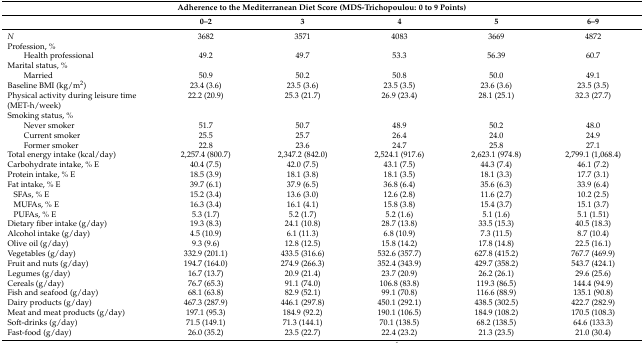
<table><thead><tr><td colspan="6"><b>Adherence to the Mediterranean Diet Score (MDS-Trichopoulou: 0 to 9 Points)</b></td></tr><tr><td></td><td><b>0–2</b></td><td><b>3</b></td><td><b>4</b></td><td><b>5</b></td><td><b>6–9</b></td></tr></thead><tbody><tr><td><i>N</i></td><td>3682</td><td>3571</td><td>4083</td><td>3669</td><td>4872</td></tr><tr><td>Profession, %</td><td></td><td></td><td></td><td></td><td></td></tr><tr><td>Health professional</td><td>49.2</td><td>49.7</td><td>53.3</td><td>56.39</td><td>60.7</td></tr><tr><td>Marital status, %</td><td></td><td></td><td></td><td></td><td></td></tr><tr><td>Married</td><td>50.9</td><td>50.2</td><td>50.8</td><td>50.0</td><td>49.1</td></tr><tr><td>Baseline BMI (kg/m<sup>2</sup>)</td><td>23.4 (3.6)</td><td>23.5 (3.6)</td><td>23.5 (3.5)</td><td>23.6 (3.6)</td><td>23.5 (3.5)</td></tr><tr><td>Physical activity during leisure time (MET-h/week)</td><td>22.2 (20.9)</td><td>25.3 (21.7)</td><td>26.9 (23.4)</td><td>28.1 (25.1)</td><td>32.3 (27.7)</td></tr><tr><td>Smoking status, %</td><td></td><td></td><td></td><td></td><td></td></tr><tr><td>Never smoker</td><td>51.7</td><td>50.7</td><td>48.9</td><td>50.2</td><td>48.0</td></tr><tr><td>Current smoker</td><td>25.5</td><td>25.7</td><td>26.4</td><td>24.0</td><td>24.9</td></tr><tr><td>Former smoker</td><td>22.8</td><td>23.6</td><td>24.7</td><td>25.8</td><td>27.1</td></tr><tr><td>Total energy intake (kcal/day)</td><td>2,257.4 (800.7)</td><td>2,347.2 (842.0)</td><td>2,524.1 (917.6)</td><td>2,623.1 (974.8)</td><td>2,799.1 (1,068.4)</td></tr><tr><td>Carbohydrate intake, % E</td><td>40.4 (7.5)</td><td>42.0 (7.5)</td><td>43.1 (7.5)</td><td>44.3 (7.4)</td><td>46.1 (7.2)</td></tr><tr><td>Protein intake, % E</td><td>18.5 (3.9)</td><td>18.1 (3.8)</td><td>18.1 (3.5)</td><td>18.1 (3.3)</td><td>17.7 (3.1)</td></tr><tr><td>Fat intake, % E</td><td>39.7 (6.1)</td><td>37.9 (6.5)</td><td>36.8 (6.4)</td><td>35.6 (6.3)</td><td>33.9 (6.4)</td></tr><tr><td> SFAs, % E</td><td>15.2 (3.4)</td><td>13.6 (3.0)</td><td>12.6 (2.8)</td><td>11.6 (2.7)</td><td>10.2 (2.5)</td></tr><tr><td> MUFAs, % E</td><td>16.3 (3.4)</td><td>16.1 (4.1)</td><td>15.8 (3.8)</td><td>15.4 (3.7)</td><td>15.1 (3.7)</td></tr><tr><td> PUFAs, % E</td><td>5.3 (1.7)</td><td>5.2 (1.7)</td><td>5.2 (1.6)</td><td>5.1 (1.6)</td><td>5.1 (1.51)</td></tr><tr><td>Dietary fiber intake (g/day)</td><td>19.3 (8.3)</td><td>24.1 (10.8)</td><td>28.7 (13.8)</td><td>33.5 (15.3)</td><td>40.5 (18.3)</td></tr><tr><td>Alcohol intake (g/day)</td><td>4.5 (10.9)</td><td>6.1 (11.3)</td><td>6.8 (10.9)</td><td>7.3 (11.5)</td><td>8.7 (10.4)</td></tr><tr><td>Olive oil (g/day)</td><td>9.3 (9.6)</td><td>12.8 (12.5)</td><td>15.8 (14.2)</td><td>17.8 (14.8)</td><td>22.5 (16.1)</td></tr><tr><td>Vegetables (g/day)</td><td>332.9 (201.1)</td><td>433.5 (316.6)</td><td>532.6 (357.7)</td><td>627.8 (415.2)</td><td>767.7 (469.9)</td></tr><tr><td>Fruit and nuts (g/day)</td><td>194.7 (164.0)</td><td>274.9 (266.3)</td><td>352.4 (343.9)</td><td>429.7 (358.2)</td><td>543.7 (424.1)</td></tr><tr><td>Legumes (g/day)</td><td>16.7 (13.7)</td><td>20.9 (21.4)</td><td>23.7 (20.9)</td><td>26.2 (26.1)</td><td>29.6 (25.6)</td></tr><tr><td>Cereals (g/day)</td><td>76.7 (65.3)</td><td>91.1 (74.0)</td><td>106.8 (83.8)</td><td>119.3 (86.5)</td><td>144.4 (94.9)</td></tr><tr><td>Fish and seafood (g/day)</td><td>68.1 (63.8)</td><td>82.9 (52.1)</td><td>99.1 (70.8)</td><td>116.6 (88.9)</td><td>135.1 (90.8)</td></tr><tr><td>Dairy products (g/day)</td><td>467.3 (287.9)</td><td>446.1 (297.8)</td><td>450.1 (292.1)</td><td>438.5 (302.5)</td><td>422.7 (282.9)</td></tr><tr><td>Meat and meat products (g/day)</td><td>197.1 (95.3)</td><td>184.9 (92.2)</td><td>190.1 (106.5)</td><td>184.9 (108.2)</td><td>170.5 (108.3)</td></tr><tr><td>Soft-drinks (g/day)</td><td>71.5 (149.1)</td><td>71.3 (144.1)</td><td>70.1 (138.5)</td><td>68.2 (138.5)</td><td>64.6 (133.3)</td></tr><tr><td>Fast-food (g/day)</td><td>26.0 (35.2)</td><td>23.5 (22.7)</td><td>22.4 (23.2)</td><td>21.3 (23.5)</td><td>21.0 (30.4)</td></tr></tbody></table>